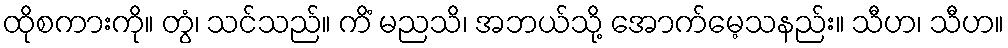
ထိုစကားကို။ တွံ၊ သင်သည်။ ကိံ မညသိ၊ အဘယ်သို့ အောက်မေ့သနည်း။ သီဟ၊ သီဟ။